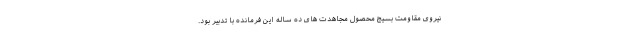
نیروی مقاومت بسیج محصول مجاهدت های ده ساله این فرمانده با تدبیر بود.